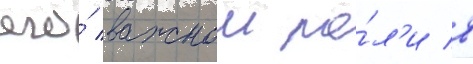
его́ важнои ро́л'и в